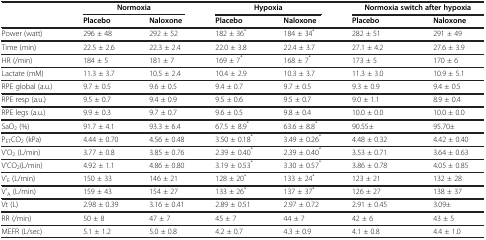
<table><thead><tr><td><b> </b></td><td colspan="2"><b>Normoxia</b></td><td colspan="2"><b>Hypoxia</b></td><td colspan="2"><b>Normoxia switch after hypoxia</b></td></tr></thead><tbody><tr><td> </td><td><b>Placebo</b></td><td><b>Naloxone</b></td><td><b>Placebo</b></td><td><b>Naloxone</b></td><td><b>Placebo</b></td><td><b>Naloxone</b></td></tr><tr><td>Power (watt)</td><td>296 ± 48</td><td>292 ± 52</td><td>182 ± 36<sup>*</sup></td><td>184 ± 34<sup>*</sup></td><td>282 ± 51</td><td>291 ± 49</td></tr><tr><td>Time (min)</td><td>22.5 ± 2.6</td><td>22.3 ± 2.4</td><td>22.0 ± 3.8</td><td>22.4 ± 3.7</td><td>27.1 ± 4.2</td><td>27.6 ± 3.9</td></tr><tr><td>HR (/min)</td><td>184 ± 5</td><td>181 ± 7</td><td>169 ± 7<sup>*</sup></td><td>168 ± 7<sup>*</sup></td><td>173 ± 5</td><td>170 ± 6</td></tr><tr><td>Lactate (mM)</td><td>11.3 ± 3.7</td><td>10.5 ± 2.4</td><td>10.4 ± 2.9</td><td>10.3 ± 3.7</td><td>11.3 ± 3.0</td><td>10.9 ± 5.1</td></tr><tr><td>RPE global (a.u.)</td><td>9.7 ± 0.5</td><td>9.6 ± 0.5</td><td>9.4 ± 0.7</td><td>9.7 ± 0.5</td><td>9.3 ± 0.9</td><td>9.4 ± 0.5</td></tr><tr><td>RPE resp (a.u.)</td><td>9.5 ± 0.7</td><td>9.4 ± 0.9</td><td>9.5 ± 0.6</td><td>9.5 ± 0.7</td><td>9.0 ± 1.1</td><td>8.9 ± 0.4</td></tr><tr><td>RPE legs (a.u.)</td><td>9.9 ± 0.3</td><td>9.7 ± 0.7</td><td>9.6 ± 0.5</td><td>9.8 ± 0.4</td><td>10.0 ± 0.0</td><td>10.0 ± 0.0</td></tr><tr><td>SaO<sub>2</sub> (%)</td><td>91.7 ± 4.1</td><td>93.3 ± 6.4</td><td>67.5 ± 8.9<sup>*</sup></td><td>63.6 ± 8.8<sup>*</sup></td><td>90.55±</td><td>95.70±</td></tr><tr><td>P<sub>ET</sub>CO<sub>2</sub> (kPa)</td><td>4.44 ± 0.70</td><td>4.56 ± 0.48</td><td>3.50 ± 0.18<sup>*</sup></td><td>3.49 ± 0.26<sup>*</sup></td><td>4.48 ± 0.32</td><td>4.42 ± 0.40</td></tr><tr><td>V&#x27;O<sub>2</sub> (L/min)</td><td>3.77 ± 0.8</td><td>3.85 ± 0.76</td><td>2.39 ± 0.40<sup>*</sup></td><td>2.39 ± 0.40<sup>*</sup></td><td>3.53 ± 0.71</td><td>3.64 ± 0.63</td></tr><tr><td>V&#x27;CO<sub>2</sub>(L/min)</td><td>4.92 ± 1.1</td><td>4.86 ± 0.80</td><td>3.19 ± 0.53<sup>*</sup></td><td>3.30 ± 0.57<sup>*</sup></td><td>3.86 ± 0.78</td><td>4.05 ± 0.85</td></tr><tr><td>V&#x27;<sub>E</sub> (L/min)</td><td>150 ± 33</td><td>146 ± 21</td><td>128 ± 20<sup>*</sup></td><td>133 ± 24<sup>*</sup></td><td>123 ± 21</td><td>132 ± 28</td></tr><tr><td>V&#x27;<sub>A</sub> (L/min)</td><td>159 ± 43</td><td>154 ± 27</td><td>133 ± 26<sup>*</sup></td><td>137 ± 37<sup>*</sup></td><td>126 ± 27</td><td>138 ± 37</td></tr><tr><td>Vt (L)</td><td>2.98 ± 0.39</td><td>3.16 ± 0.41</td><td>2.89 ± 0.51</td><td>2.97 ± 0.72</td><td>2.91 ± 0.45</td><td>3.09±</td></tr><tr><td>RR (/min)</td><td>50 ± 8</td><td>47 ± 7</td><td>45 ± 7</td><td>44 ± 7</td><td>42 ± 6</td><td>43 ± 5</td></tr><tr><td>MEFR (L/sec)</td><td>5.1 ± 1.2</td><td>5.0 ± 0.8</td><td>4.2 ± 0.7</td><td>4.3 ± 0.9</td><td>4.1 ± 0.8</td><td>4.4 ± 1.0</td></tr></tbody></table>